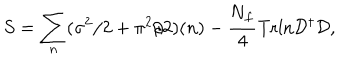
LaTeX: S = \sum _ { n } ( \sigma ^ { 2 } / 2 + \pi ^ { 2 } / 2 ) ( n ) - \frac { \mathrm { N } _ { f } } { 4 } \mathrm { T r l n } { \cal D } ^ { \dagger } { \cal D } ,